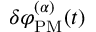
\delta \varphi _ { \mathrm { P M } } ^ { ( \alpha ) } ( t )